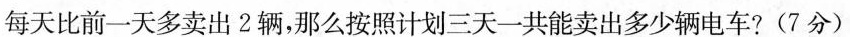
每天比前一天多卖出2辆，那么按照计划三天一共能卖出多少辆电车?(7分)